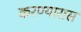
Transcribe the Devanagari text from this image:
करण्यारास